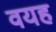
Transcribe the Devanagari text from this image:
वयह